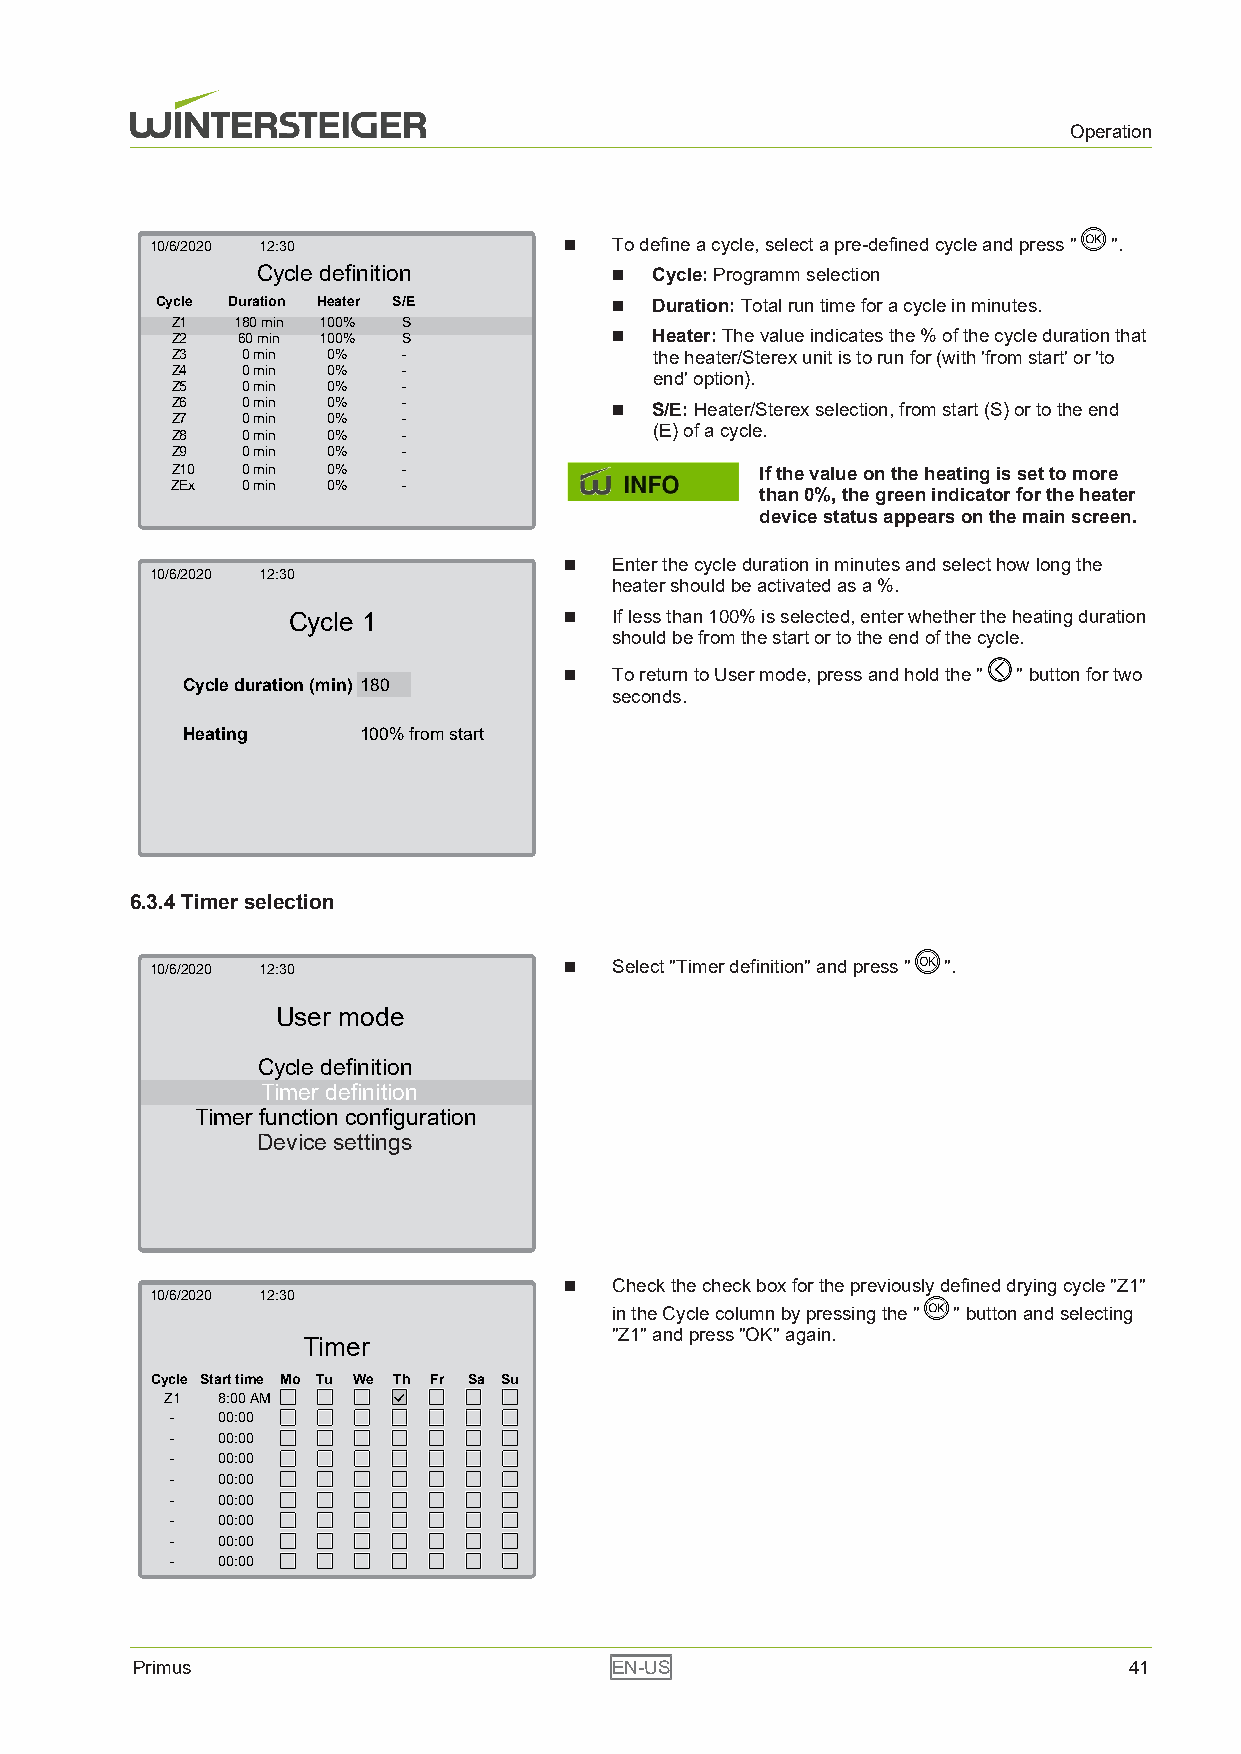
Ungültiger Pfad '156394252/154759435/132614/'
 Operation
 10/6/2020 12:30            n   To define a cycle, select a pre-defined cycle and press " ".
 Cycle definition       n  Cycle: Programm selection
 Cycle Duration Heater S/E     n  Duration: Total run time for a cycle in minutes.
 Z1   180 min 100% S
 Z2   60 min 100% S           n  Heater: The value indicates the % of the cycle duration that
 Z3   0 min 0%   -               the heater/Sterex unit is to run for (with 'from start' or 'to
 Z4   0 min 0%   -
 end' option).
 Z5   0 min 0%   -
 Z6   0 min 0%   -            n  S/E: Heater/Sterex selection, from start (S) or to the end
 Z7   0 min 0%   -
 Z8   0 min 0%   -               (E) of a cycle.
 Z9 U n g ü l t i0ge mr Pinfa d '1 5 6 2 9 09%40 4 / 1 5 4 7 6 1 3-55/132614/'
 Z10  0 min 0%   -                      If the value on the heating is set to more
 ZEx  0 min 0%   -
 than 0%, the green indicator for the heater
 device status appears on the main screen.
 n   Enter the cycle duration in minutes and select how long the
 10/6/2020 12:30
 heater should be activated as a %.
 Cycle 1           n   If less than 100% is selected, enter whether the heating duration
 should be from the start or to the end of the cycle.
 n   To return to User mode, press and hold the " " button for two
 Cycle duration (min) 180
 seconds.
 Heating     100% from start
 Ungültiger Pfad '156302092/154755595/132614/'
 6.3.4 Timer selection
 10/6/2020 12:30            n   Select "Timer definition" and press " ".
 User mode
 Cycle definition
 Timer definition
 Timer function configuration
 Device settings
 Ungültiger Pfad '156304780/154751755/132614/'
 n   Check the check box for the previously defined drying cycle "Z1"
 10/6/2020 12:30
 in the Cycle column by pressing the " " button and selecting
 "Z1" and press "OK" again.
 Timer
 Cycle Start time Mo Tu We Th Fr Sa Su
 Z1 8:00 AM
 -  00:00
 -  00:00
 -  00:00
 -  00:00
 -  00:00
 -  00:00
 -  00:00
 -  00:00
 Primus                         EN-US                              41